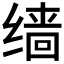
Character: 𫄱